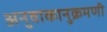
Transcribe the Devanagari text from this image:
अनुवाकानुक्रमणी